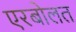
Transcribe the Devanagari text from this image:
एरबोलत